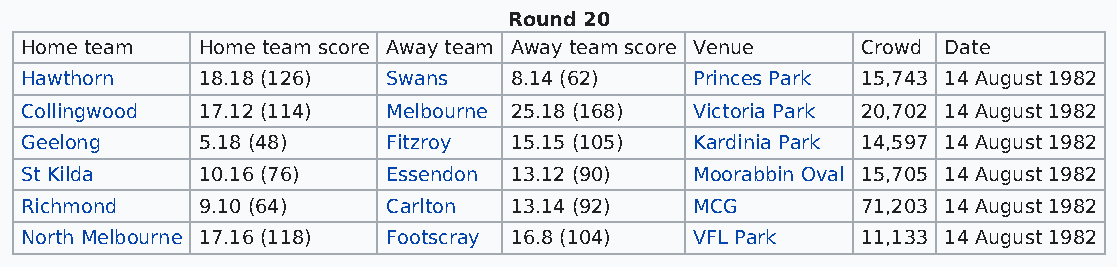
Round 20
 Home team   Home team score Away team Away team score Venue Crowd Date
 Hawthorn    18.18 (126)  Swans   8.14 (62)   Princes Park 15,743 14 August 1982
 Collingwood 17.12 (114)  Melbourne 25.18 (168) Victoria Park 20,702 14 August 1982
 Geelong     5.18 (48)    Fitzroy 15.15 (105) Kardinia Park 14,597 14 August 1982
 St Kilda    10.16 (76)   Essendon 13.12 (90) Moorabbin Oval 15,705 14 August 1982
 Richmond    9.10 (64)    Carlton 13.14 (92)  MCG        71,203 14 August 1982
 North Melbourne 17.16 (118) Footscray 16.8 (104) VFL Park 11,133 14 August 1982